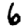
Digit: 6